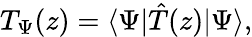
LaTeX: T_{\Psi}(z)=\langle\Psi|\hat{T}(z)|\Psi\rangle,